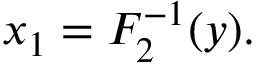
x _ { 1 } = F _ { 2 } ^ { - 1 } ( y ) .